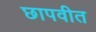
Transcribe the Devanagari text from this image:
छापवीत